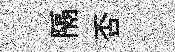
隔否